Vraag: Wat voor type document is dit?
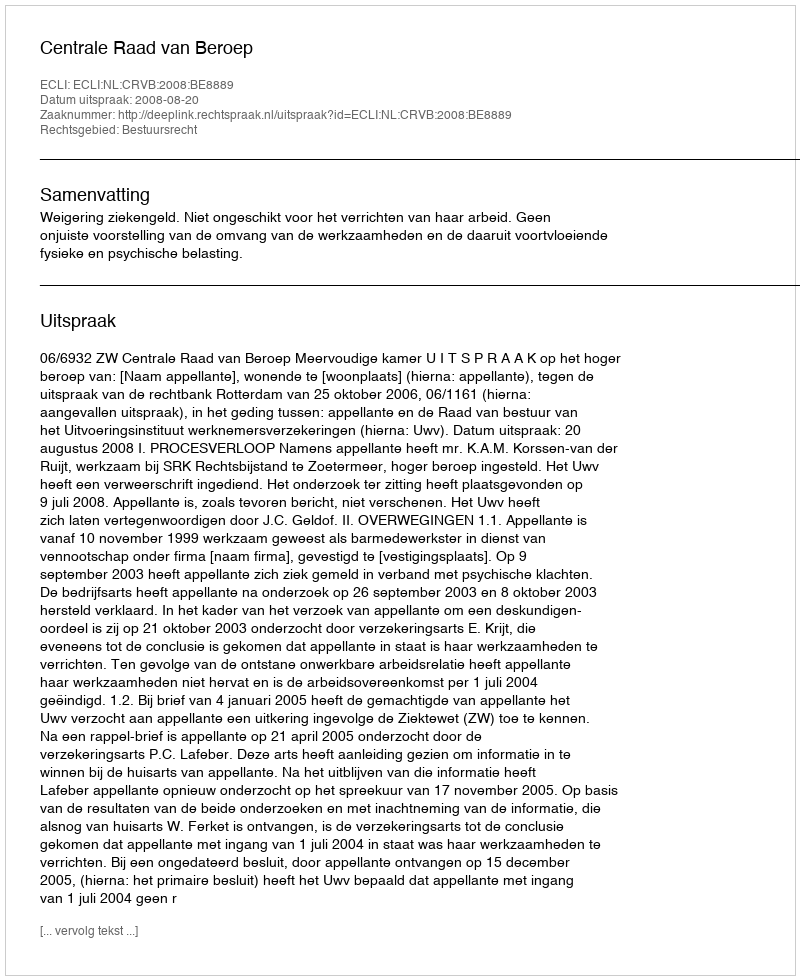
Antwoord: Uitspraak